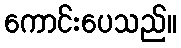
ကောင်းပေသည်။